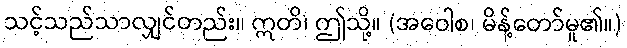
သင့်သည်သာလျှင်တည်း။ ဣတိ၊ ဤသို့။ (အဝေါစ၊ မိန့်တော်မူ၏။)